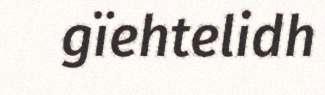
gïehtelidh